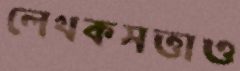
লেখকসত্তাও